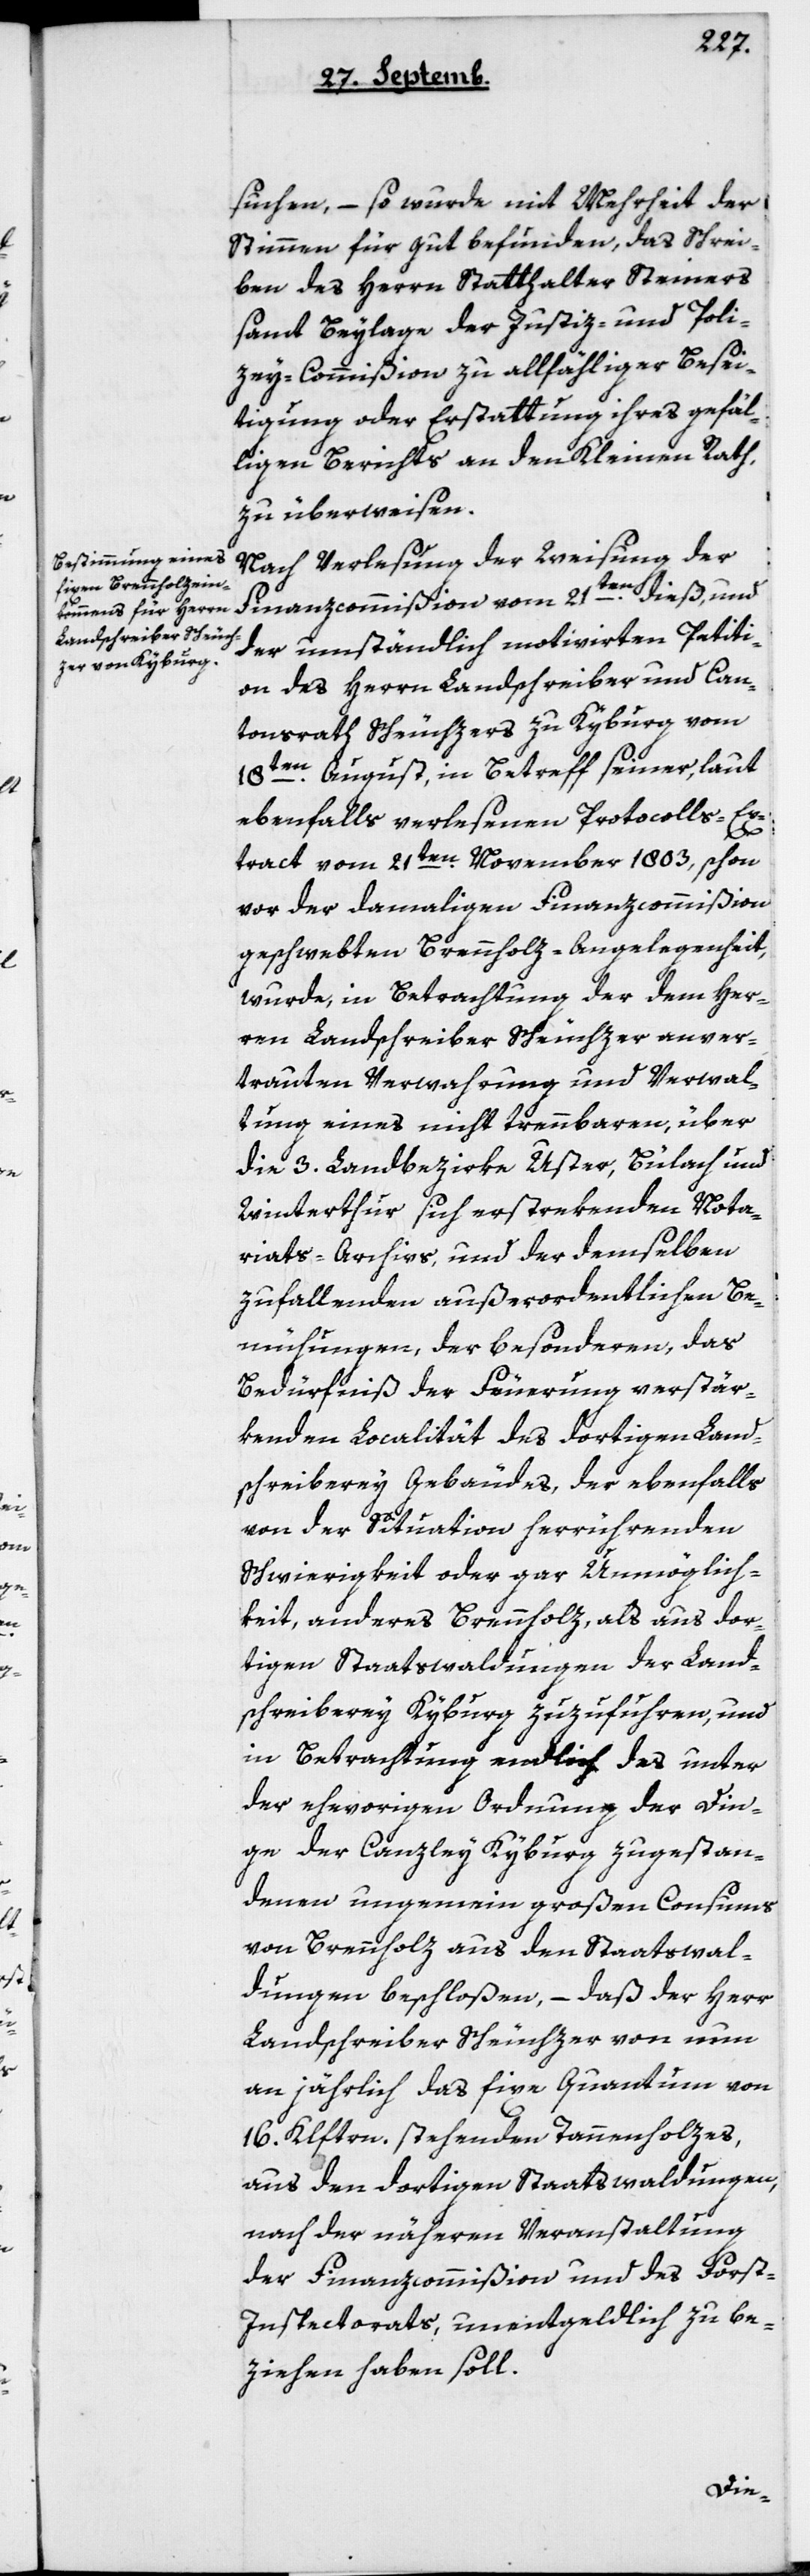
suchen, – so wurde mit Mehrheit der
Stimmen für gut befunden, das Schrei¬
ben des Herrn Statthalter Steiners
sammt Beylage der Justiz- und Poli¬
cey-Commißion zu allfälliger Besei¬
tigung oder Erstattung ihres gefäl¬
ligen Berichts an den Kleinen Rath
zu überweisen.
Nach Verlesung der Weisung der
Finanzcommißion vom 21ten dieß, und
der umständlich motivierten Petiti¬
on des Herrn Landschreiber und Can¬
tonsrath Scheuchzers zu Kyburg vom
18ten August, in Betreff seiner, laut
ebenfalls verlesenen Protocolls-Ex¬
tract vom 21ten November 1803, schon
vor der damaligen Finanzcommißion
geschwebten Brennholz-Angelegenheit,
wurde, in Betrachtung der dem Her¬
ren Landschreiber Scheuchzer anver¬
trauten Verwahrung und Verwal¬
tung eines nicht trennbaren, über
die 3. Landbezirke Uster, Bülach und
Winterthur sich erstrekenden Nota¬
riats-Archivs, und der demselben
zufallenden außerordentlichen Be¬
mühungen, der besonderen, das
Bedürfnis der Feuerung verstär¬
kenden Localität des dortigen Land¬
schreiberei-Gebäudes, der ebenfalls
von der Situation herrührenden
Schwierigkeit oder gar Unmöglich¬
keit, anderes Brennholz, als aus dor¬
tigen Staatswaldungen der Land¬
schreiberei Kyburg zuzuführen, und
in Betrachtung endlich das unter
der ehevorigen Ordnung der Din¬
ge der Canzley Kyburg zugestan¬
denen ungemein großen Consums
von Brennholz aus den Staatswal¬
dungen beschloßen, – daß der Herr
Landschreiber Scheuchzer von nun
an jährlich das fixe Quantum von
16 Klftern stehenden Tannholzes,
aus den dortigen Staatswaldungen,
nach der näheren Veranstaltung
der Finanzcommißion und des Forst¬
inspectoraths, unentgeldlich zu be¬
ziehen haben soll.